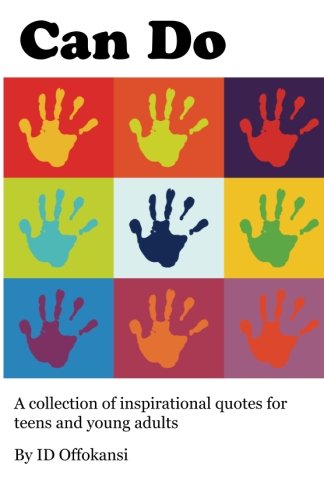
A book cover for Can Do: A Collection of Inspirational Quotes for Teens and Young Adults; ID Offokansi; Reference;